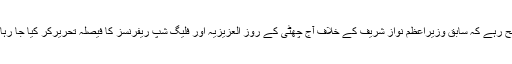
واضح رہے کہ سابق وزیراعظم نواز شریف کے خلاف آج چھٹی کے روز العزیزیہ اور فلیگ شپ ریفرنسز کا فیصلہ تحریرکر کیا جا رہا ہے۔